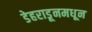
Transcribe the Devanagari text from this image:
डेहराडूनमधून